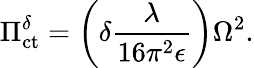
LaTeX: \Pi_{\mathrm{ct}}^{\delta}=\left(\delta\frac{\lambda}{16\pi^{2}\epsilon}\right)\Omega^{2}.